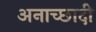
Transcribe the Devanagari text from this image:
अनाच्छादी